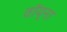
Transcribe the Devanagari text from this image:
वॉय्ना